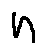
n